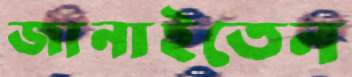
জানাইতেন